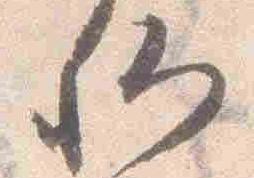
卿